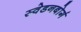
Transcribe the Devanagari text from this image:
स्वेडनबोर्ग